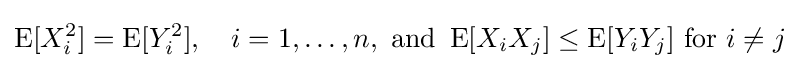
\operatorname {E} [X_{i}^{2}]=\operatorname {E} [Y_{i}^{2}],\quad i=1,\dots ,n,{\text{ and }}\operatorname {E} [X_{i}X_{j}]\leq \operatorname {E} [Y_{i}Y_{j}]{\text{ for }}i\neq j